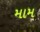
મામ